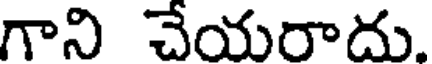
గాని చేయరాదు.